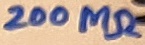
Text: 200MΩ